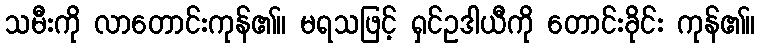
သမီးကို လာတောင်းကုန်၏။ မရသဖြင့် ရှင်ဥဒါယီကို တောင်းခိုင်း ကုန်၏။